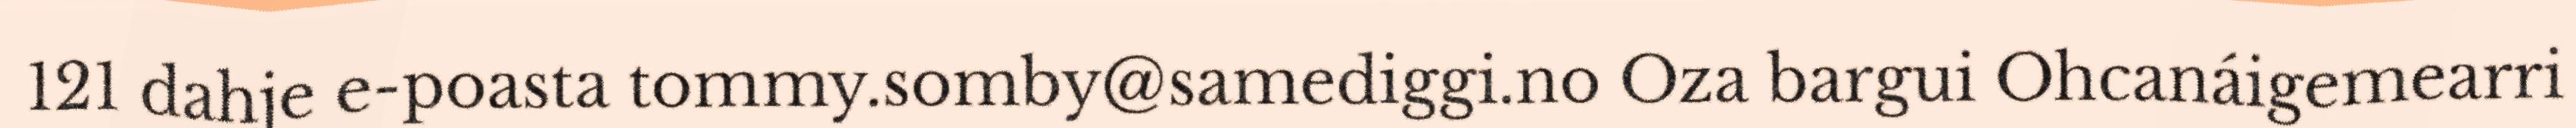
121 dahje e-poasta tommy.somby@samediggi.no Oza bargui Ohcanáigemearri